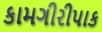
કામગીરીપાક